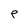
Character: P